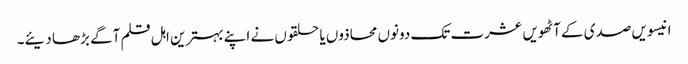
انیسویں صدی کے آٹھویں عشرت تک دونوں محاذوں یا حلقوں نے اپنے بہترین اہل قلم آگے بڑھا دیئے۔